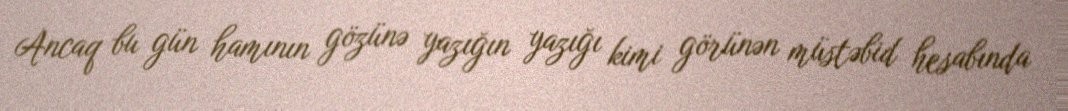
Ancaq bu gün hamının gözünə yazığın yazığı kimi görünən müstəbid hesabında